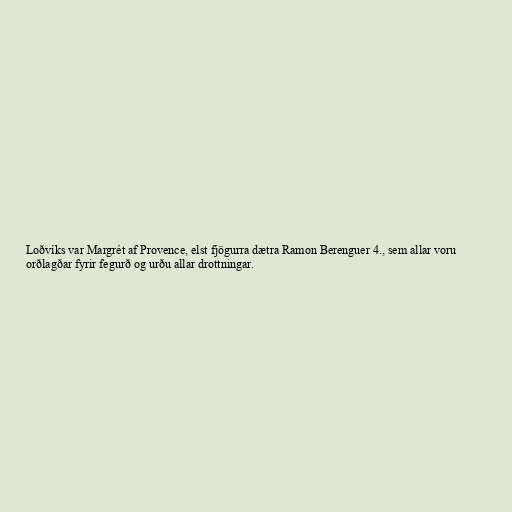
Loðvíks var Margrét af Provence, elst fjögurra dætra Ramon Berenguer 4., sem allar voru
orðlagðar fyrir fegurð og urðu allar drottningar.